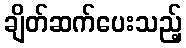
ချိတ်ဆက်ပေးသည့်